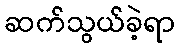
ဆက်သွယ်ခဲ့ရာ